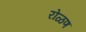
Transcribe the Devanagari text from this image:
रोळण